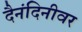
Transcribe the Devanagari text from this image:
दैनंदिनीवर